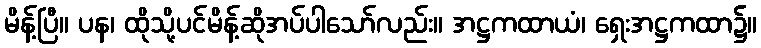
မိန့်ပြီ။ ပန၊ ထိုသို့ပင်မိန့်ဆိုအပ်ပါသော်လည်း။ အဋ္ဌကထာယံ၊ ရှေးအဋ္ဌကထာ၌။